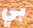
بي